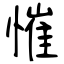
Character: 慛